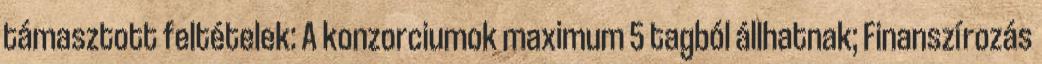
támasztott feltételek: A konzorciumok maximum 5 tagból állhatnak; Finanszírozás